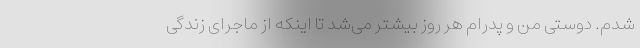
شدم. دوستی من و پدرام هر روز بیشتر می‌شد تا اینکه از ماجرای زندگی